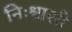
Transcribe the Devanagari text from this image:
निःश्वासी